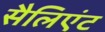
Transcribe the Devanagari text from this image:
सैलिएंट